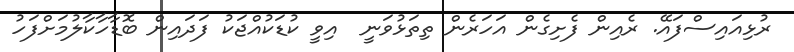
ރުޅިއައިސްފައޭ. ރެއިން ފެށިގެން އަހަރެން ތިތަޅުވަނީ  އިވީ ކުޑަކުއްޖަކު ފަދައިން ބޮޑާހާކާލުމަށްފަހު